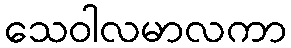
သေဝါလမာလကာ